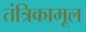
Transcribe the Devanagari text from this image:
तंत्रिकामूल